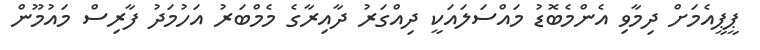
ޕީޕީއެމަށް ދިމާވި އެންމެބޮޑު މައްސަލައަކީ ދިއްގަރު ދާއިރާގެ މެމްބަރު އަހުމަދު ފާރިސް މައުމޫން